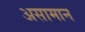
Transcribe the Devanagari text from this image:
असामान